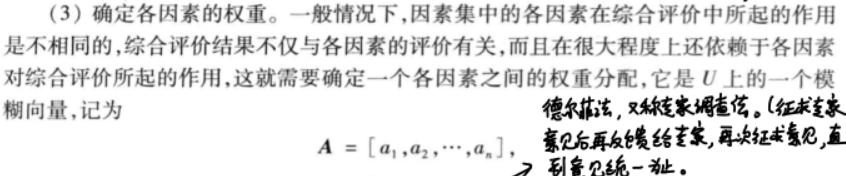
(3) 确定各因素的权重。一般情况下，因素集中的各因素在综合评价中所起的作用是不相同的，综合评价结果不仅与各因素的评价有关，而且在很大程度上还依赖于各因素对综合评价所起的作用，这就需要确定一个各因素之间的权重分配，它是 \( U \) 上的一个模糊向量，记为
\[
A = [a_1,a_2,\cdots,a_n],
\]
德尔菲法，又称专家调查法。（征求专家意见后再反馈给专家，再次征求意见，直到意见统一为止。）